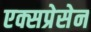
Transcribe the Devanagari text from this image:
एक्सप्रेसेन